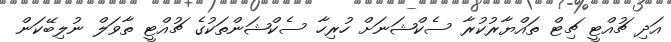
އަދި ޗުއްޓީ ޗިޓް ތައްޔާރުކުރާ ސެކްޝަނަށް ހުރިހާ ސެކްޝަންތަކުގެ ޗުއްޓީ ތާވަލް ނުލިބޭކަން